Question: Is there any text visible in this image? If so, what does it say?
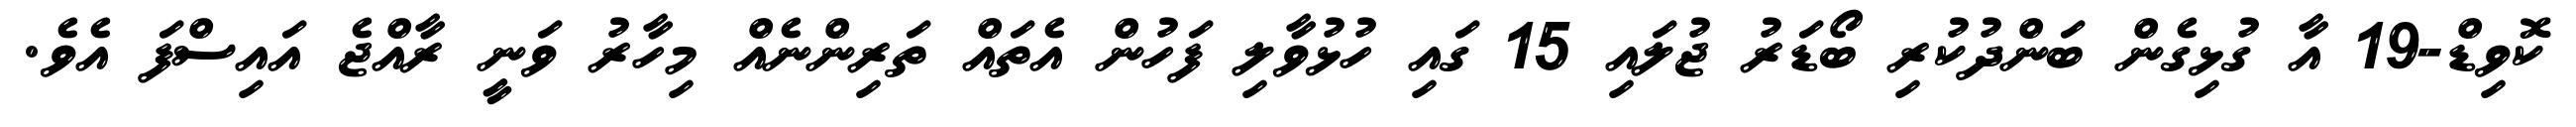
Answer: ކޮވިޑް-19 އާ ގުޅިގެން ބަންދުކުރި ބޯޑަރު ޖުލައި 15 ގައި ހުޅުވާލި ފަހުން އެތައް ތަރިންނެއް މިހާރު ވަނީ ރާއްޖެ އައިސްފަ އެވެ.